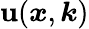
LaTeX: \textbf{u}(\boldsymbol{x},\boldsymbol{k})